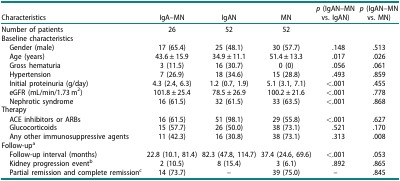
<table><thead><tr><td><b>Characteristics</b></td><td><b>IgA–MN</b></td><td><b>IgAN</b></td><td><b>MN</b></td><td><b><i>p</i> (IgAN–MN vs. IgAN)</b></td><td><b><i>p</i> (IgAN–MN vs. MN)</b></td></tr></thead><tbody><tr><td>Number of patients</td><td>26</td><td>52</td><td>52</td><td> </td><td> </td></tr><tr><td>Baseline characteristics</td><td> </td><td> </td><td> </td><td> </td><td> </td></tr><tr><td> Gender (male)</td><td>17 (65.4)</td><td>25 (48.1)</td><td>30 (57.7)</td><td>.148</td><td>.513</td></tr><tr><td> Age (years)</td><td>43.6 ± 15.9</td><td>34.9 ± 11.1</td><td>51.4 ± 13.3</td><td>.017</td><td>.026</td></tr><tr><td> Gross hematuria</td><td>3 (11.5)</td><td>16 (30.7)</td><td>0 (0)</td><td>.056</td><td>.061</td></tr><tr><td> Hypertension</td><td>7 (26.9)</td><td>18 (34.6)</td><td>15 (28.8)</td><td>.493</td><td>.859</td></tr><tr><td> Initial proteinuria (g/day)</td><td>4.3 (2.4, 6.3)</td><td>1.2 (0.7, 1.9)</td><td>5.1 (3.1, 7.1)</td><td>&lt;.001</td><td>.455</td></tr><tr><td> eGFR (mL/min/1.73 m<sup>2</sup>)</td><td>101.8 ± 25.4</td><td>78.5 ± 26.9</td><td>100.2 ± 21.6</td><td>&lt;.001</td><td>.778</td></tr><tr><td> Nephrotic syndrome</td><td>16 (61.5)</td><td>32 (61.5)</td><td>33 (63.5)</td><td>&lt;.001</td><td>.868</td></tr><tr><td>Therapy</td><td> </td><td> </td><td> </td><td> </td><td> </td></tr><tr><td> ACE inhibitors or ARBs</td><td>16 (61.5)</td><td>51 (98.1)</td><td>29 (55.8)</td><td>&lt;.001</td><td>.627</td></tr><tr><td> Glucocorticoids</td><td>15 (57.7)</td><td>26 (50.0)</td><td>38 (73.1)</td><td>.521</td><td>.170</td></tr><tr><td> Any other immunosuppressive agents</td><td>11 (42.3)</td><td>16 (30.8)</td><td>38 (73.1)</td><td>.313</td><td>.008</td></tr><tr><td>Follow-up<sup>a</sup></td><td> </td><td> </td><td> </td><td> </td><td> </td></tr><tr><td> Follow-up interval (months)</td><td>22.8 (10.1, 81.4)</td><td>82.3 (47.8, 114.7)</td><td>37.4 (24.6, 69.6)</td><td>&lt;.001</td><td>.053</td></tr><tr><td> Kidney progression event<sup>b</sup></td><td>2 (10.5)</td><td>8 (15.4)</td><td>3 (6.1)</td><td>.892</td><td>.865</td></tr><tr><td> Partial remission and complete remission<sup>c</sup></td><td>14 (73.7)</td><td>–</td><td>39 (75.0)</td><td>–</td><td>.845</td></tr></tbody></table>